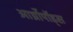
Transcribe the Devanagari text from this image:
आर्थ्रोपॉड्स